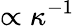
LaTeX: \propto\kappa^{-1}